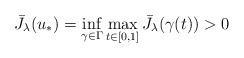
LaTeX: \begin{align*} \bar J_\lambda(u_*) = \inf_{\gamma\in\Gamma} \max_{t\in[0,1]} \bar J_\lambda(\gamma(t)) > 0\end{align*}